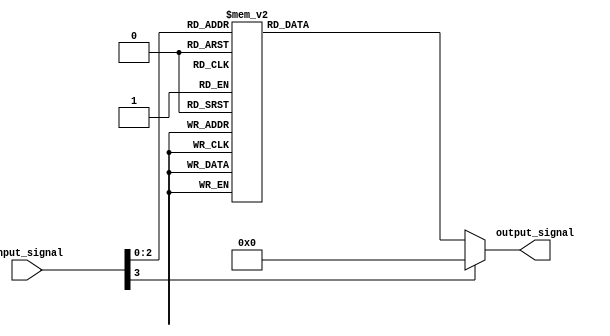
module Decoder(
    input [3:0] input_signal,
    output [7:0] output_signal
);

always @(*) begin
    case (input_signal)
        4'b0000: output_signal = 8'b00000001;
        4'b0001: output_signal = 8'b00000010;
        4'b0010: output_signal = 8'b00000100;
        4'b0011: output_signal = 8'b00001000;
        4'b0100: output_signal = 8'b00010000;
        4'b0101: output_signal = 8'b00100000;
        4'b0110: output_signal = 8'b01000000;
        4'b0111: output_signal = 8'b10000000;
        default: output_signal = 8'b00000000;
    endcase
end

endmodule